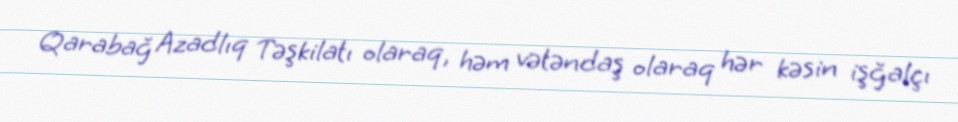
Qarabağ Azadlıq Təşkilatı olaraq, həm vətəndaş olaraq hər kəsin işğalçı